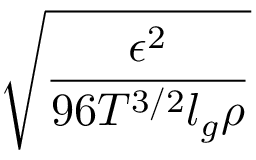
\sqrt { \frac { \epsilon ^ { 2 } } { 9 6 T ^ { 3 / 2 } l _ { g } \rho } }